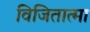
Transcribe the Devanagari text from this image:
विजितात्मा